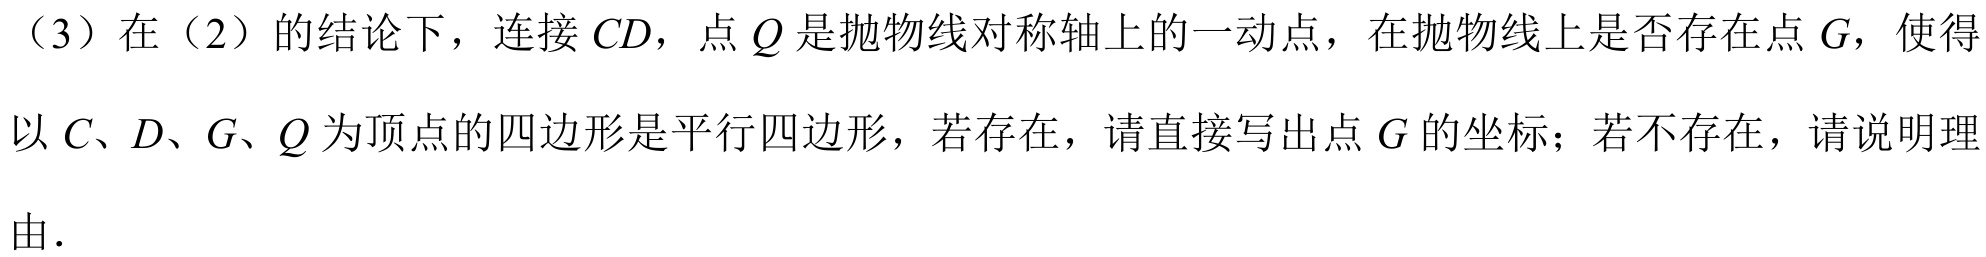
（3）在（2）的结论下，连接\(CD\)，点\(Q\)是抛物线对称轴上的一动点，在抛物线上是否存在点\(G\)，使得以\(C、D、G、Q\)为顶点的四边形是平行四边形，若存在，请直接写出点\(G\)的坐标；若不存在，请说明理由.